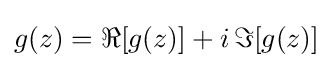
g(z)=\Re [g(z)]+i\,\Im [g(z)]